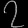
Digit: ၇